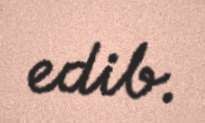
edib.